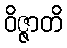
ဝိဇ္ဇာတိ